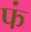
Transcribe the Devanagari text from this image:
फं